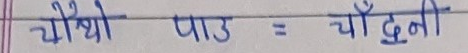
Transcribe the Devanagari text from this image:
चौथो पाठ = चाँदनी